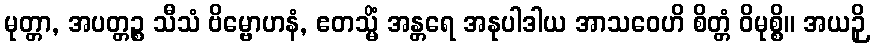
မုတ္တာ, အပတ္တဉ္စ သီသံ ဗိမ္ဗောဟနံ, ဧတသ္မိံ အန္တရေ အနုပါဒါယ အာသဝေဟိ စိတ္တံ ဝိမုစ္စိ။ အယဉှိ